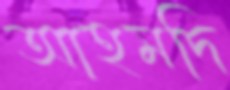
আহমদি